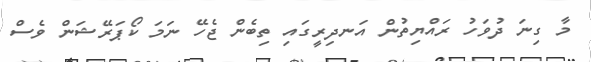
މާ ގިނަ ދުވަހު ރައްޔިތުން އަނދިރީގައި ތިބެން ޖެހޭ ނަމަ ކޯޕަރޭޝަން ވެސް